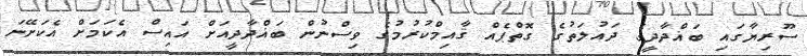
ސޫރިޔާގައި ބަޣްދާދީގެ ދައުލަތުގެ ގޮތްޕެއް ޤާއިމްކުރުމުގެ ވިސްނުން ބަޣްދާދީއަށް އައިސް އެކަމަށް އެކަށޭނަ